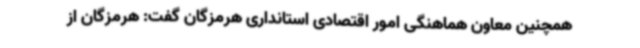
همچنین معاون هماهنگی امور اقتصادی استانداری هرمزگان گفت: هرمزگان از